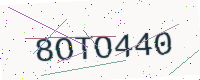
Text: 8OTO440